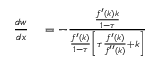
\begin{array} { r l } { { \frac { d w } { d x } } } & { { } = - { \frac { \frac { f ^ { \prime } ( k ) k } { 1 - \tau } } { { \frac { f ^ { \prime } ( k ) } { 1 - \tau } } \left[ \tau { \frac { f ^ { \prime } ( k ) } { f ^ { \prime \prime } ( k ) } } + k \right] } } } \end{array}